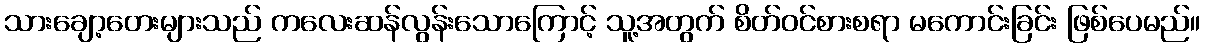
သားချော့တေးများသည် ကလေးဆန်လွန်းသောကြောင့် သူ့အတွက် စိတ်ဝင်စားစရာ မကောင်းခြင်း ဖြစ်ပေမည်။